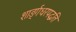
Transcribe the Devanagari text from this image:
शार्ङ्गधरपद्धति